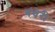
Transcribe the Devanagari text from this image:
गंधेरी